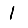
Digit: 1